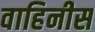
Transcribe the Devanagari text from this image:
वाहिनीस